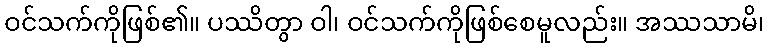
ဝင်သက်ကိုဖြစ်၏။ ပဿိတွာ ဝါ၊ ဝင်သက်ကိုဖြစ်စေမူလည်း။ အဿသာမိ၊